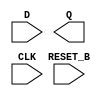
module sky130_fd_sc_lp__dfrtp (
    //# {{data|Data Signals}}
    input  D      ,
    output Q      ,

    //# {{control|Control Signals}}
    input  RESET_B,

    //# {{clocks|Clocking}}
    input  CLK
);

    // Voltage supply signals
    supply1 VPWR;
    supply0 VGND;
    supply1 VPB ;
    supply0 VNB ;

endmodule